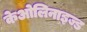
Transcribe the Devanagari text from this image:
केओलिनाइज्ड